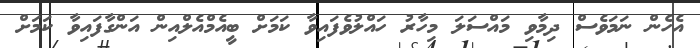
އެހެން ނަމަވެސް ދިމާވި މައްސަލަ މިހާރު ހައްލުވެފައިވާ ކަމަށް ބީއެމްއެލްއިން އަންގާފައިވާ ކަމަށް